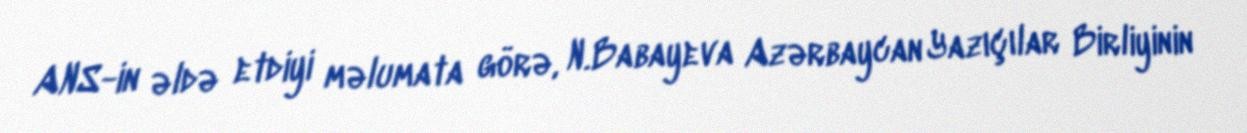
ANS-in əldə etdiyi məlumata görə, N.Babayeva Azərbaycan Yazıçılar Birliyinin